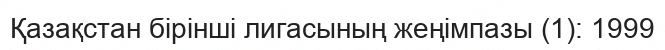
Қазақстан бірінші лигасының жеңімпазы (1): 1999